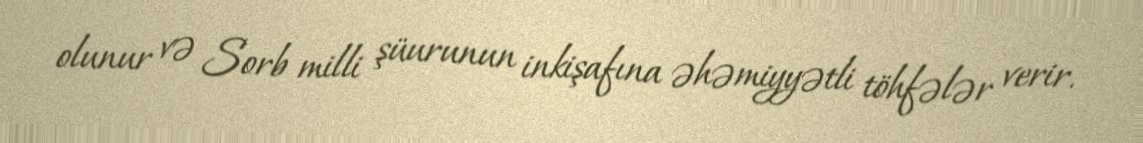
olunur və Sorb milli şüurunun inkişafına əhəmiyyətli töhfələr verir.